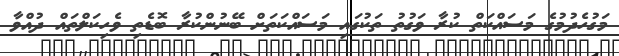
މަގުހެދުމުގެ މަސައްކަތް ކުރާ ވަގުތު ތަކުގައި މަސައްކަތަށް ބޭނުންކުރާ ބޮޑެތި ވެހިކަލްތައް ދުއްވާ